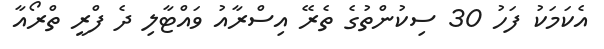
އެކަމަކު ފަހު 30 ސިކުންތުގެ ތެރޭ އިސްރާއު ވައްޓާލި ދެ ފްރީ ތްރޯއާ